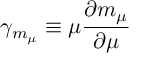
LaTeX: \gamma _ { m _ { \mu } } \equiv \mu \frac { \partial m _ { \mu } } { \partial \mu }